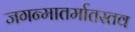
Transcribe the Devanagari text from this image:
जगन्मातर्मातस्तव